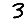
Digit: 3